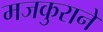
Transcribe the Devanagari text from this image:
मजकुराने